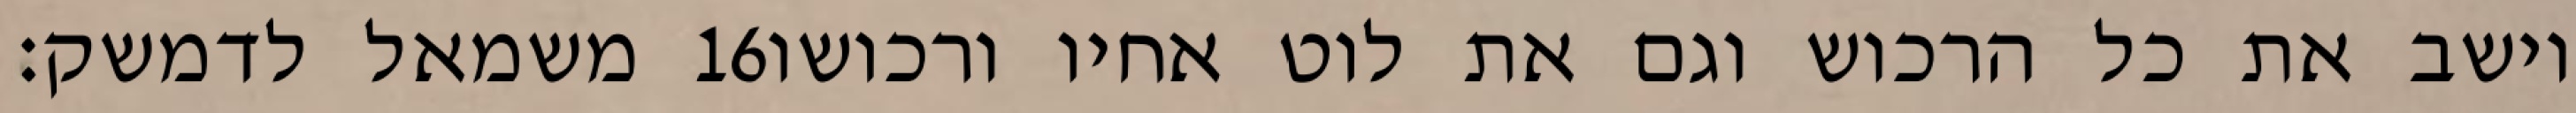
משמאל לדמשק׃ ‎16‏ וישב את כל הרכוש וגם את לוט אחיו ורכושו